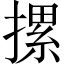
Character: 摞